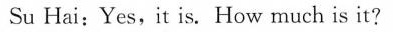
Su Hai:Yes,it is. How much is it?